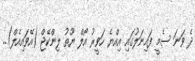
ދެ ވަނަ ސެމީ ފައިނަލުގައި އިއްޔެ ހަވީރު އޯލް ޔޫތު ލިންކޭޖް (އޭވައިއެލް)..